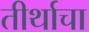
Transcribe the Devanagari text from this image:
तीर्थाचा